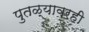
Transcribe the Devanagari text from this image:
पुतळ्यावरही